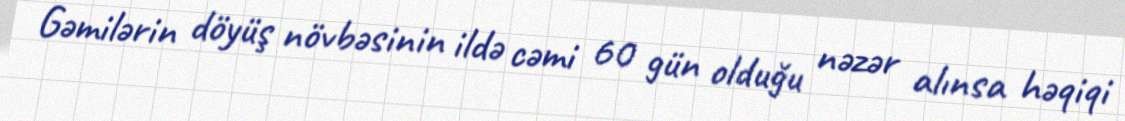
Gəmilərin döyüş növbəsinin ildə cəmi 60 gün olduğu nəzər alınsa həqiqi